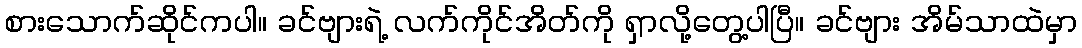
စားသောက်ဆိုင်ကပါ။ ခင်ဗျားရဲ့ လက်ကိုင်အိတ်ကို ရှာလို့တွေ့ပါပြီ။ ခင်ဗျား အိမ်သာထဲမှာ